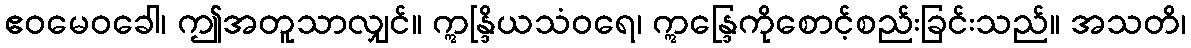
ဧဝမေဝခေါ၊ ဤအတူသာလျှင်။ ဣန္ဒြိယသံဝရေ၊ ဣန္ဒြေကိုစောင့်စည်းခြင်းသည်။ အသတိ၊